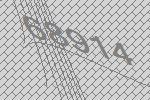
68914